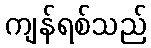
ကျန်ရစ်သည်